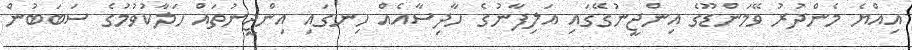
އިއްޔެ މެންދުރު ވޭމަންޑޫގެ އިންޖީނުގޭގައި އަލިފާނުގެ ހާދިސާއެއް ހިނގައި އިންޖީނުތައް ހަލާކުވުމުގެ ސަބަބުން